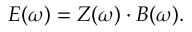
E ( \omega ) = Z ( \omega ) \cdot B ( \omega ) .